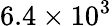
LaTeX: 6.4\times 10^{3}